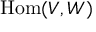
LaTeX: { \mathrm { H o m } } ( V , W )